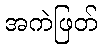
အကဲဖြတ်